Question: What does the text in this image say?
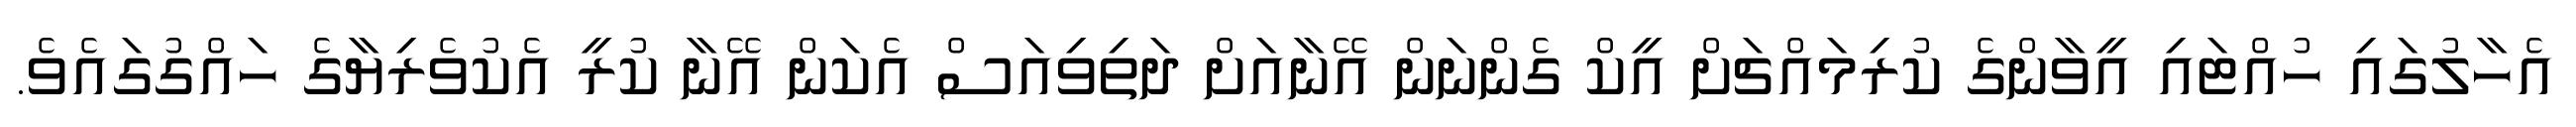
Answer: އެހާލުގައި ހުއްޓައި އީވާންގެ ކުރިމައްޗަށް އީކް ގެންނަން އޭނާއަށް ދަތިވިއަސް އެކަން އޭނާ ކުރީ އެކުވެރިޔާގެ ހައްގުގައެވެ.